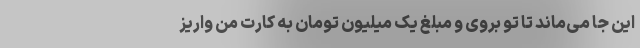
این جا می‌ماند تا تو بروی و مبلغ یک میلیون تومان به کارت من واریز